Civil Veterinary Dept. Bombay admin report 1923-31 - 1923-1931
Year: 1923
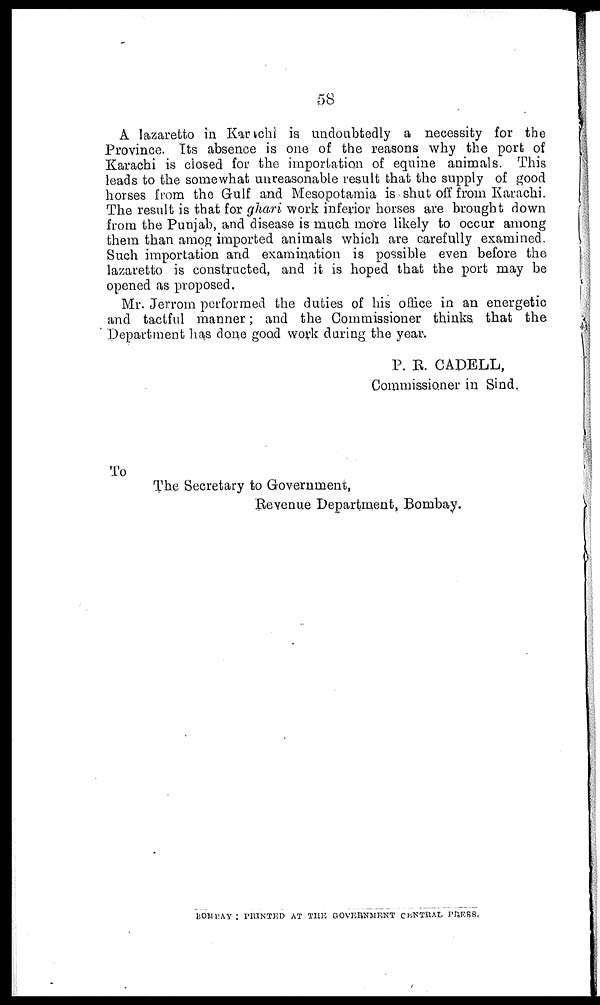
58
A lazaretto in Karachi is undoubtedly a necessity for the
Province. Its absence is one of the reasons why the port of
Karachi is closed for the importation of equine animals. This
leads to the somewhat unreasonable result that the supply of good
horses from the Gulf and Mesopotamia is shut off from Karachi.
The result is that for ghari work inferior horses are brought down
from the Punjab, and disease is much more likely to occur among
them than amog imported animals which are carefully examined.
Such importation and examination is possible even before the
lazaretto is constructed, and it is hoped that the port may be
opened as proposed,
Mr. Jerrom performed the duties of his office in an energetic
and tactful manner; and the Commissioner thinks that the
Department has done good work daring the year.
P. E. CADELL,
Commissioner in Sind,
To
The Secretary to Government,
Revenue Department, Bombay,
BOMBAY : PRINTED AT THE GOVERNMENT CENTRAL PRESS.